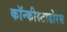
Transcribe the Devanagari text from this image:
कॉन्कीस्टाडोरस